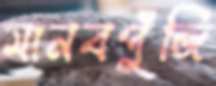
মানবপুঁজি